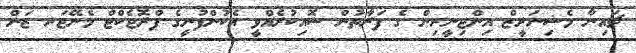
ޗައިނާ މެޝިނަރީޒް އިންޖިނީރިން ގެ ފަރާތުން ސޮއިކުރެއްވީ އެކުންފުނީގެ ޕްރޮޖެކްޓް މެނޭޖަރ ޒަން